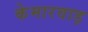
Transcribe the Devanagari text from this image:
केमारवाड़